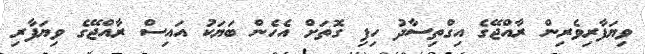
ވިޔަފާރިވެރިން ރާއްޖޭގެ އިގްތިސާދު ހިފި ގޮތަށް އެހެން ބަޔަކު އައިސް ރާއްޖޭގެ ވިޔަފާރި